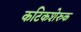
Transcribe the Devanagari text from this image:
कटिकशेरुक